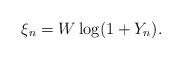
LaTeX: \begin{align*} \xi_n = W\log(1 + Y_n). \end{align*}